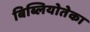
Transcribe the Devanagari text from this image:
बिब्लियोतेका